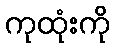
ကုထုံးကို